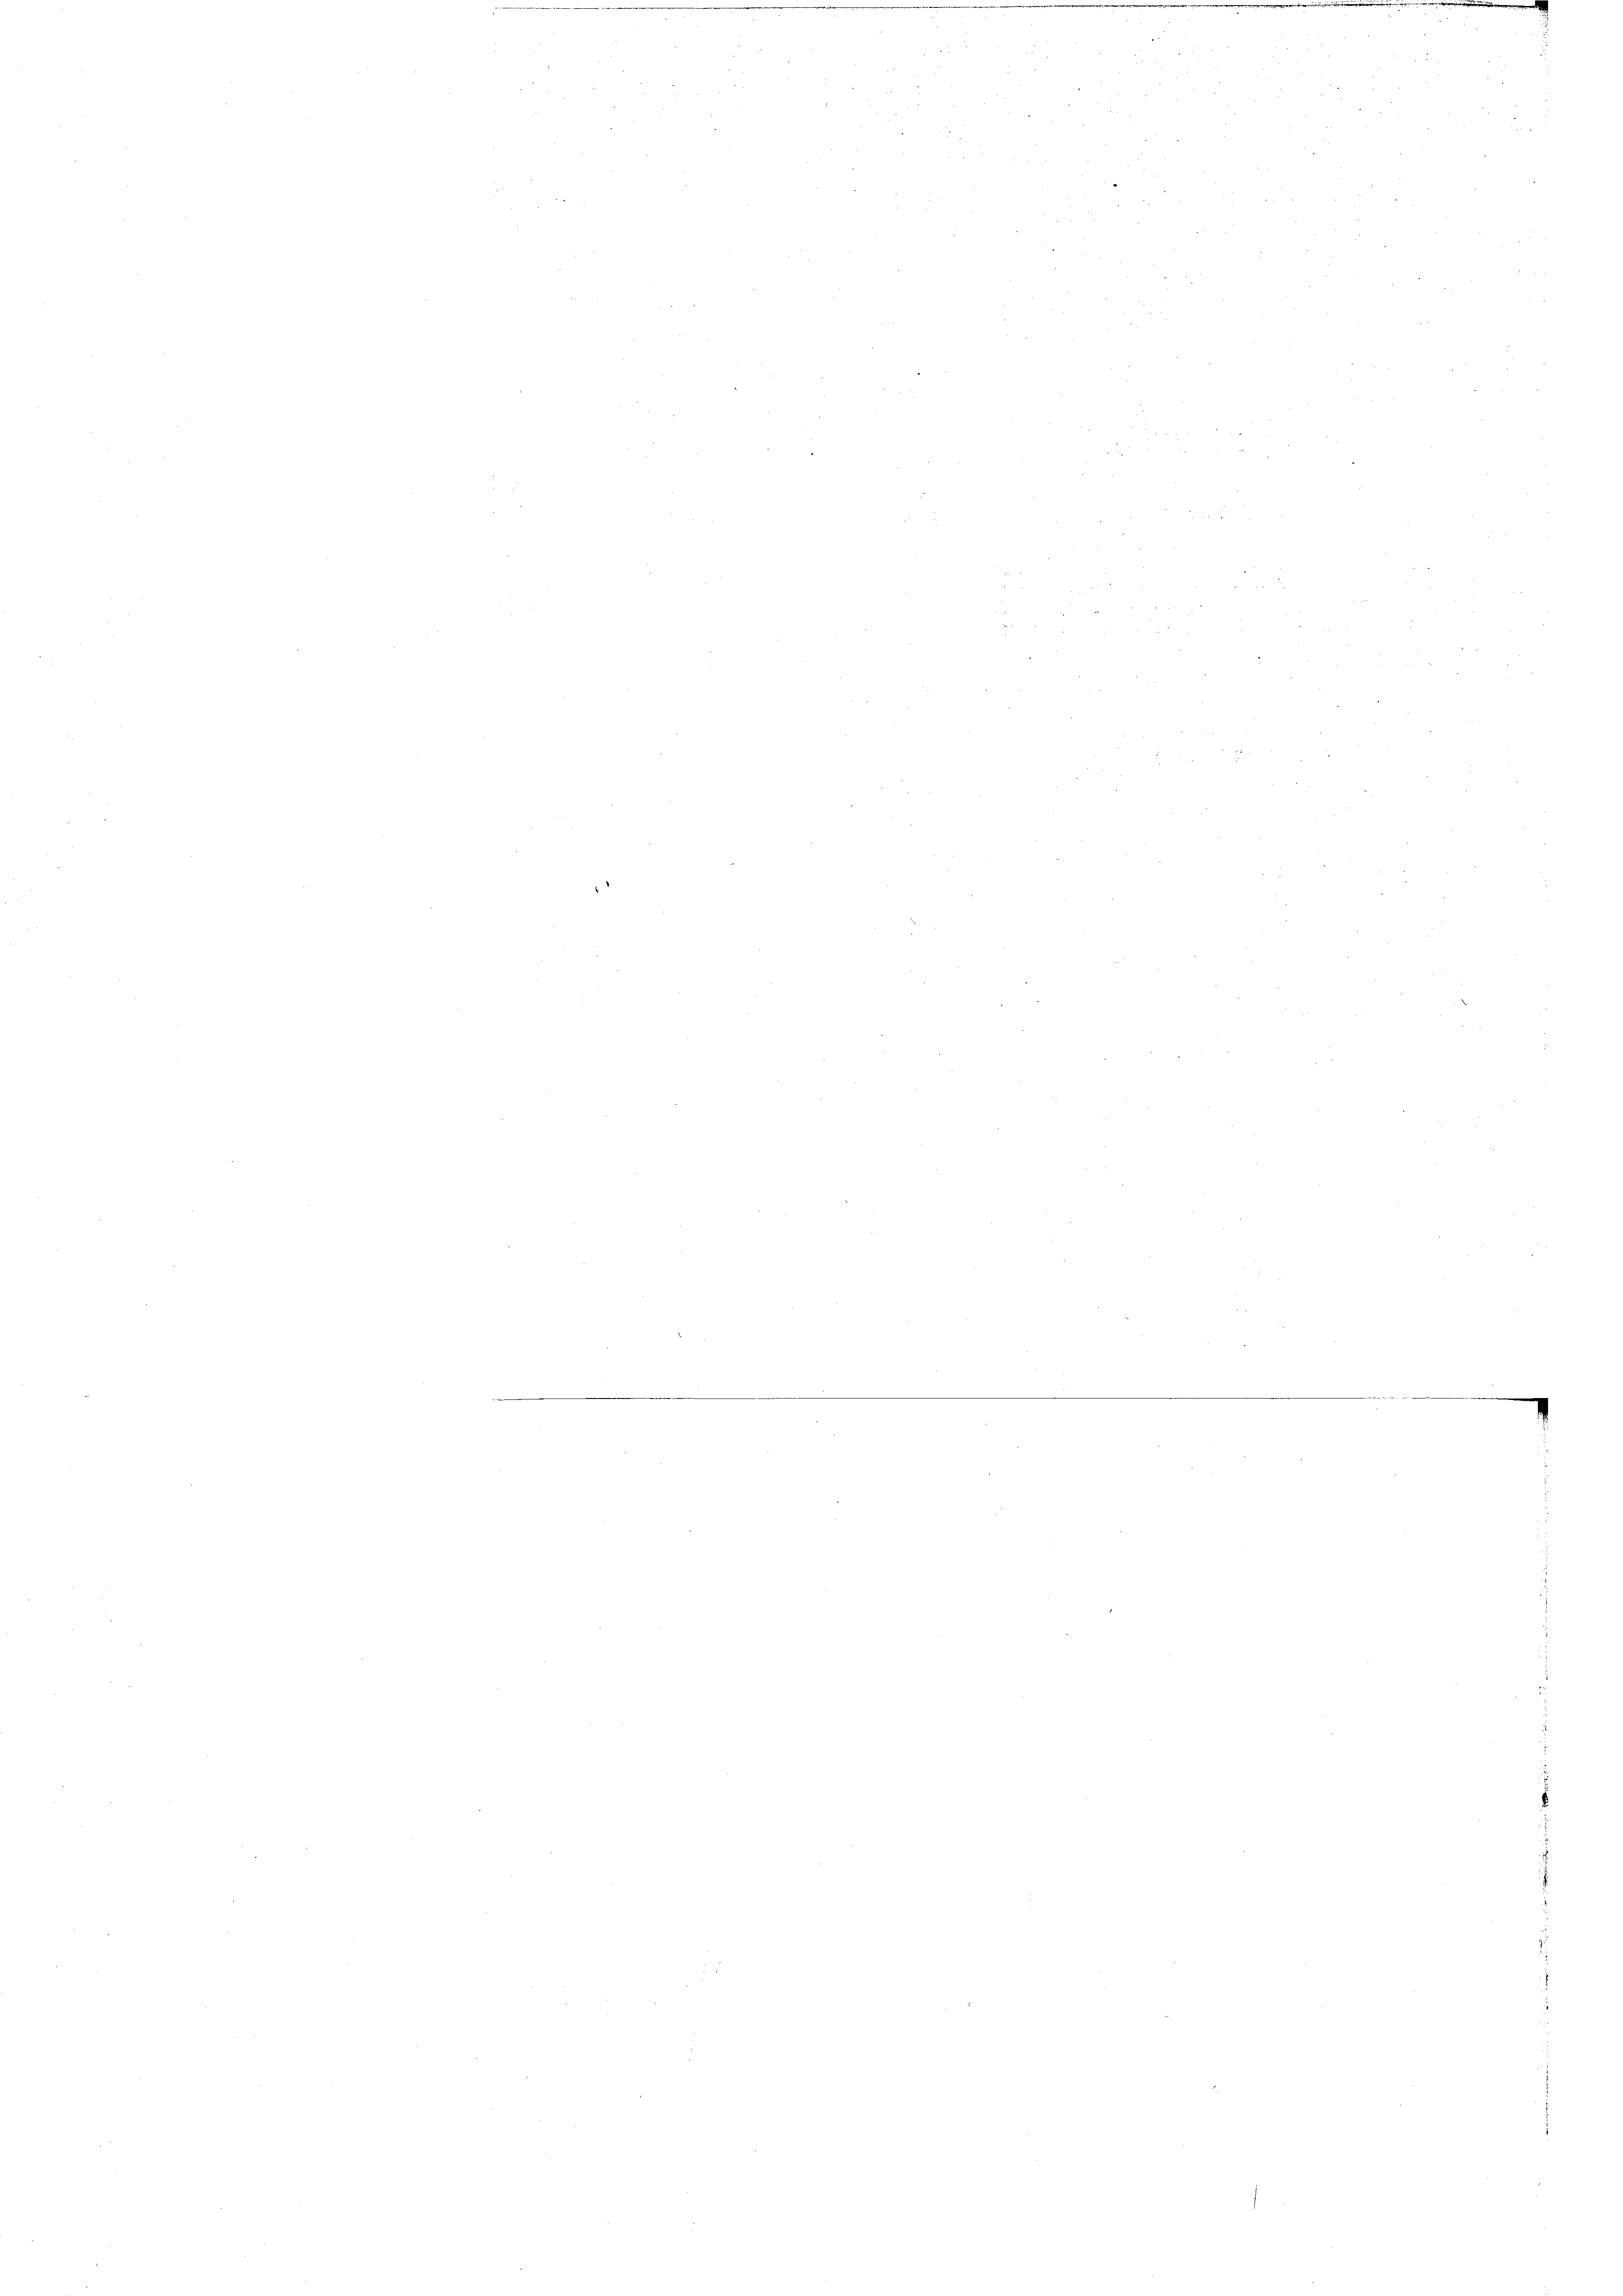
.
.